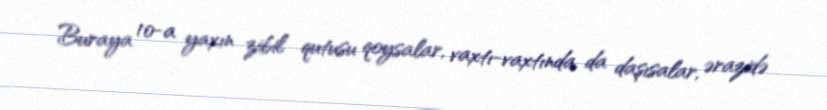
Buraya 10-a yaxın zibil qutusu qoysalar, vaxtı-vaxtında da daşısalar, ərazidə